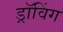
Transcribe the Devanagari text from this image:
ड्रॉविंग